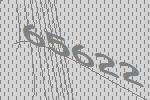
65622